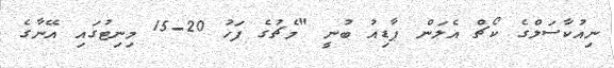
ނިއުކާސަލްގެ ކޯޗް އެލަން ޕާޑިއު ބުނީ "މެޗުގެ ފަހު 20-15 މިނިޓުގައި އޭނާގެ